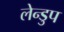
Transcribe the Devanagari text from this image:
लेन्डुप